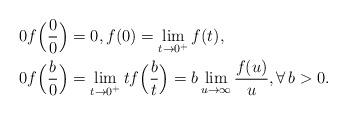
LaTeX: \begin{align*}&\ 0 f\Bigl(\frac{0}{0}\Bigr) = 0, f(0) = \lim_{t \rightarrow 0^+} f(t), \\&\ 0 f\Bigl(\frac{b}{0}\Bigr) = \lim_{t \rightarrow 0^+}t f\Bigl(\frac{b}{t}\Bigr) = b \lim_{u \rightarrow \infty} \frac{f(u)}{u}, \forall \, b > 0.\end{align*}